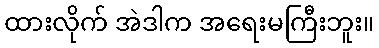
ထားလိုက် အဲဒါက အရေးမကြီးဘူး။